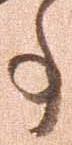
事